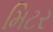
મિટર